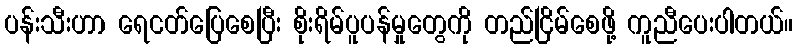
ပန်းသီးဟာ ရေငတ်ပြေစေပြီး စိုးရိမ်ပူပန်မှုတွေကို တည်ငြိမ်စေဖို့ ကူညီပေးပါတယ်။